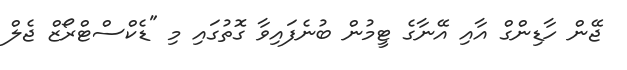
ޖޭން ހާޑިންގް އާއި އޭނާގެ ޓީމުން ބުނެފައިވާ ގޮތުގައި މި "ޑެކްސްޓްރޯޒް ޖެލް